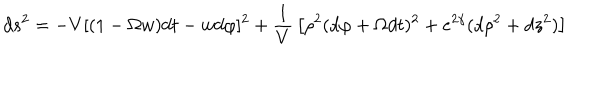
LaTeX: \nonumber d s ^ { 2 } = - V [ ( 1 - \Omega w ) d t - w d \varphi ] ^ { 2 } + { \frac { 1 } { V } } \left[ \rho ^ { 2 } ( d \varphi + \Omega d t ) ^ { 2 } + e ^ { 2 \gamma } ( d \rho ^ { 2 } + d z ^ { 2 } ) \right]